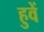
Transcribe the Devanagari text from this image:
हुवें